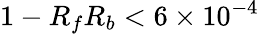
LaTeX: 1-R_{f}R_{b}<6\times 10^{-4}